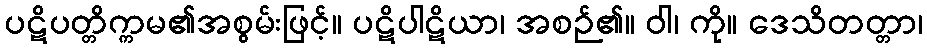
ပဋိပတ္တိက္ကမ၏အစွမ်းဖြင့်။ ပဋိပါဋိယာ၊ အစဉ်၏။ ဝါ၊ ကို။ ဒေသိတတ္တာ၊